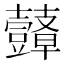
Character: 𮙙